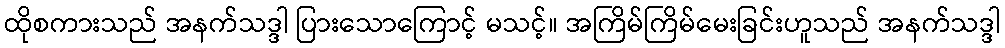
ထိုစကားသည် အနက်သဒ္ဒါ ပြားသောကြောင့် မသင့်။ အကြိမ်ကြိမ်မေးခြင်းဟူသည် အနက်သဒ္ဒါ